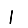
Digit: 1